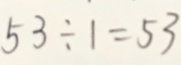
5 3 \div 1 = 5 3